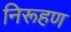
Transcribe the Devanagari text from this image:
निरूहण